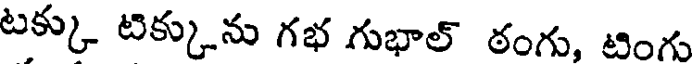
టక్కు టిక్కును గభ గుభాల్ ఠంగు, టింగు